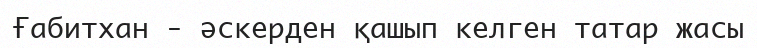
Ғабитхан - әскерден қашып келген татар жасы